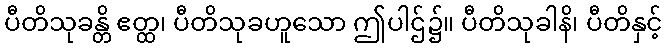
ပီတိသုခန္တိ ဧတ္ထ၊ ပီတိသုခဟူသော ဤပါဌ်၌။ ပီတိသုခါနိ၊ ပီတိနှင့်